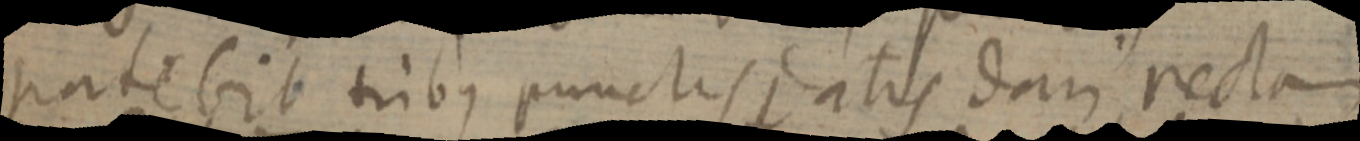
patebit tribus punctis _atis dari rectam